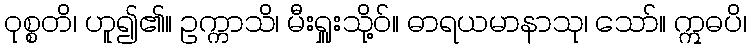
ဝုစ္စတိ၊ ဟူ၍၏။ ဥက္ကာသိ၊ မီးရှူးသို့ဝ်။ ဓာရယမာနာသု၊ သော်။ ဣဓပိ၊